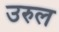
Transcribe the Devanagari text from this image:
उरुल